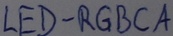
Text: LED-RGBCA